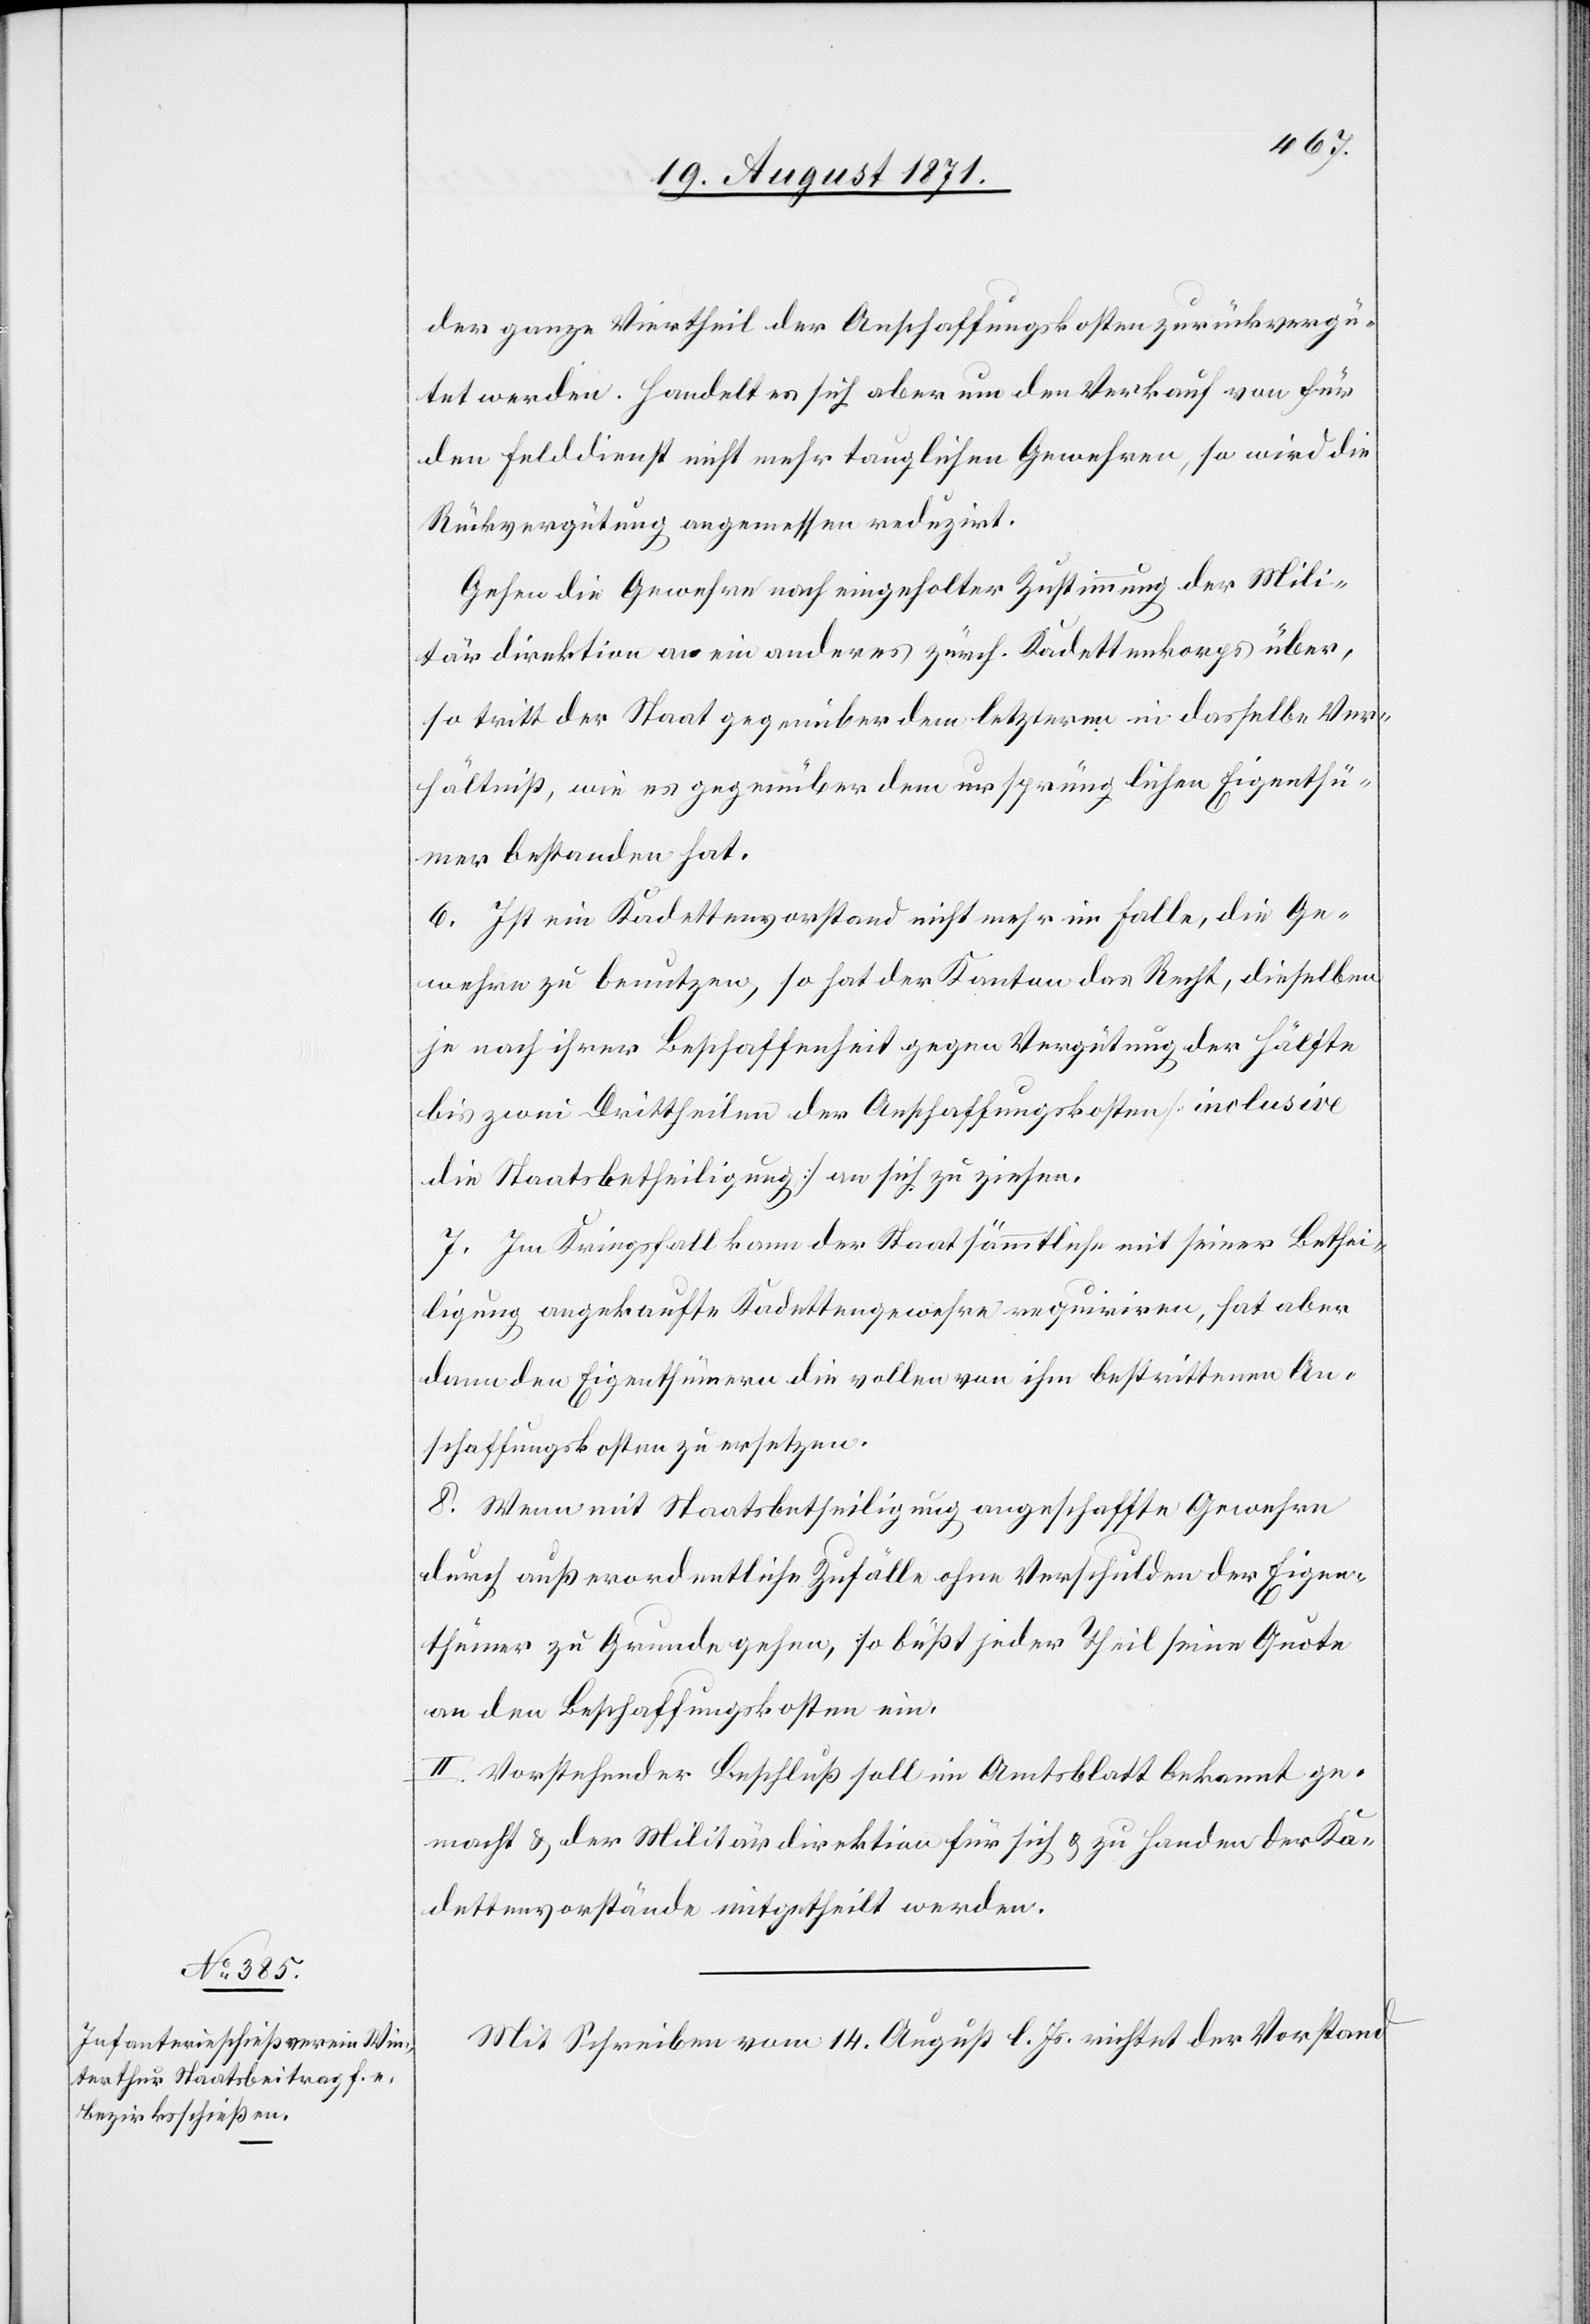
der ganze Viertheil der Anschaffungskosten zurückvergü¬
tet werden. Handelt es sich aber um den Verkauf von für
den Felddienst nicht mehr tauglichen Gewehren, so wird die
Rückvergütung angemessen reduzirt.
Gehen die Gewehre nach eingeholter Zustimmung der Mili¬
tärdirektion an ein anderes zürch. Kadettenkorps über,
so tritt der Staat gegenüber dem letzteren in dasselbe Ver¬
hältniß, wie es gegenüber dem ursprünglichen Eigenthü¬
mern bestanden hat.
6. Ist ein Kadettenvorstand nicht mehr im Falle die Ge¬
wehre zu benutzen, so hat der Kanton das Recht, dieselben
je nach ihrer Beschaffenheit gegen Vergütung der Hälfte
bis zwei Drittheilen der Anschaffungskosten [inclusive
die Staatsbetheiligung] an sich zu ziehen.
7. Im Kriegsfall kann der Staat sämmtliche mit seiner Bethei¬
lgung angekaufte Kadettengewehre requiriren, hat aber
dann den Eigenthümern die vollen von ihr bestrittenen An¬
schaffungskosten zu ersetzen.
8. Wenn mit Staatsbetheiligung angeschaffte Gewehre
durch außerordentliche Zufälle ohne Verschulden der Eigen¬
thümer zu Grunde gehen, so büßt jeder Theil seine Quote
an den Beschaffungskosten ein.
II. Vorstehender Beschluß soll im Amtsblatt bekannt ge¬
macht & der Militärdirektion für sich & zu Handen der Ka¬
dettenvorstände mitgetheilt werden.
Mit Schreiben vom 14. August l. Js. richtet der Verband